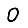
Digit: 0